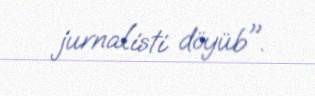
jurnalisti döyüb".